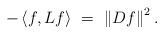
\begin{align*}-\left\langle f,Lf\right\rangle\ =\ \left\|Df\right\|^2.\end{align*}